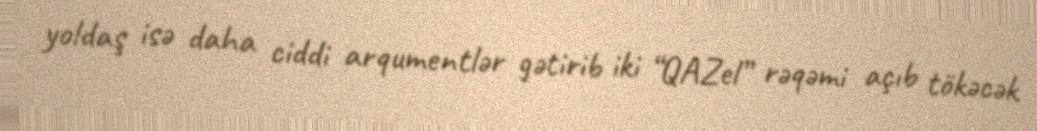
yoldaş isə daha ciddi arqumentlər gətirib iki “QAZel” rəqəmi açıb tökəcək